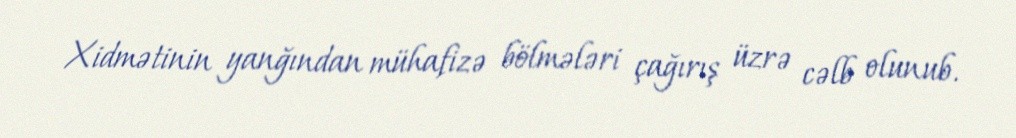
Xidmətinin yanğından mühafizə bölmələri çağırış üzrə cəlb olunub.